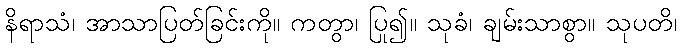
နိရာသံ၊ အာသာပြတ်ခြင်းကို။ ကတွာ၊ ပြု၍။ သုခံ၊ ချမ်းသာစွာ။ သုပတိ၊